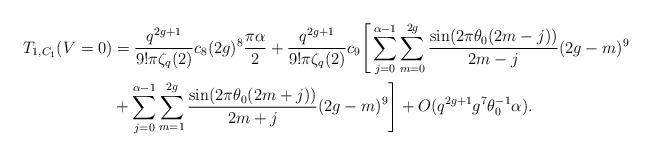
LaTeX: \begin{align*} T_{1,C_1}(V=0) &= \frac{q^{2g+1}}{9!\pi \zeta_q(2) } c_8 (2g)^8 \frac{\pi \alpha}{2} + \frac{q^{2g+1}}{9!\pi \zeta_q(2) } c_9 \Bigg[ \sum_{j=0}^{\alpha-1} \sum_{m=0}^{2g}\frac{ \sin (2 \pi \theta_0(2m-j))}{2m-j} (2g-m)^9 \\ &+ \sum_{j=0}^{\alpha-1} \sum_{m=1}^{2g} \frac{ \sin (2 \pi \theta_0(2m+j))}{2m+j} (2g-m)^9 \Bigg] +O(q^{2g+1}g^7 \theta_0^{-1} \alpha). \end{align*}